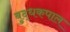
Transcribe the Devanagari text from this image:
बुद्धकपाल